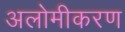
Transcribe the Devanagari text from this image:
अलोमीकरण